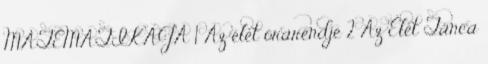
MATEMATIKÁJA 1 Az élet órarendje 2 Az Élet Tánca